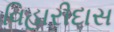
વિહારીદાસ